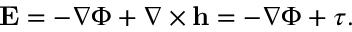
\begin{array} { r } { { \mathbf E } = - \nabla \Phi + \nabla \times \mathbf { h } = - \nabla \Phi + \boldsymbol { \tau } . } \end{array}